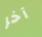
آخر